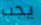
يجب